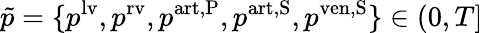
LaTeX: \tilde{p}=\{ p^{\mathrm{lv}},p^{\mathrm{rv}},p^{\mathrm{art,P}},p^{\mathrm{art,S}},p^{\mathrm{ven,S}}\} \in\left(0,T\right]